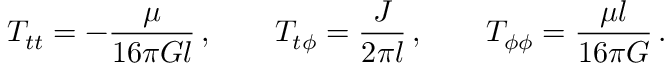
T _ { t t } = - \frac { \mu } { 1 6 \pi G l } \, , \qquad T _ { t \phi } = \frac { J } { 2 \pi l } \, , \qquad T _ { \phi \phi } = \frac { \mu l } { 1 6 \pi G } \, .